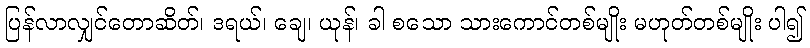
ပြန်လာလျှင်တောဆိတ်၊ ဒရယ်၊ ချေ၊ ယုန်၊ ခါ စသော သားကောင်တစ်မျိုး မဟုတ်တစ်မျိုး ပါ၍